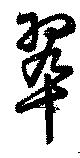
翠